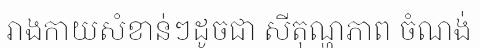
រាងកាយសំខាន់ៗដូចជា សីតុណ្ហភាព ចំណង់